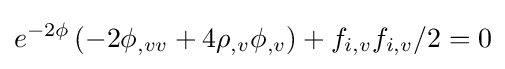
e^{-2\phi }\left(-2\phi _{,vv}+4\rho _{,v}\phi _{,v}\right)+f_{i,v}f_{i,v}/2=0